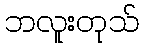
ဘလူးတုသ်